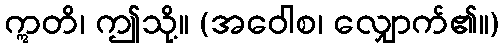
ဣတိ၊ ဤသို့။ (အဝေါစ၊ လျှောက်၏။)